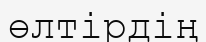
өлтірдің